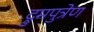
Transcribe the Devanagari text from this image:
द्रुमपुत्रेण